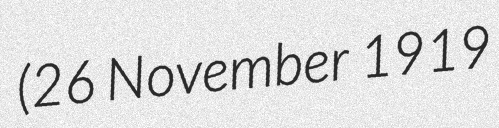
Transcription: (26 November 1919